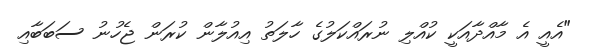
"އެއީ އެ މާއްދާއަކީ ކުއްލި ނުރައްކަލުގެ ހާލަތު އިއުލާން ކުރަން ޖެހުނު ސަބަބާއި